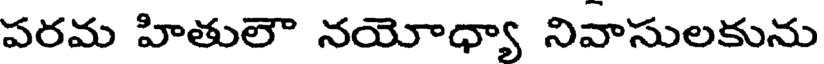
పరమ హితులౌ నయోధ్యా నివాసులకును